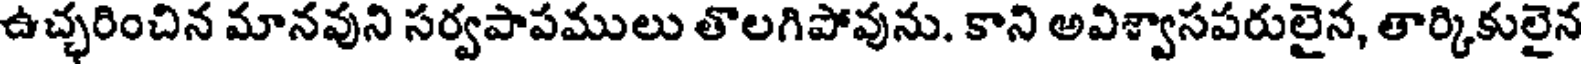
ఉచ్చరించిన మానవుని సర్వపాపములు తొలగిపోవును. కాని అవిశ్వాసపరులైన, తార్కికులైన